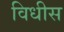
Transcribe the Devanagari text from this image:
विधीस